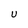
Character: U